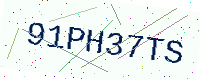
Text: 91PH37TS